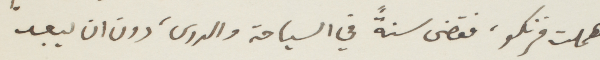
اهملت فرنكو، فقضى سنة في السياحة والدرس، دون ان يبعد